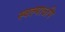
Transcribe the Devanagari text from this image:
स्वल्पाऽपि